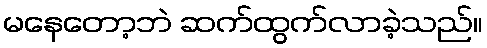
မနေတော့ဘဲ ဆက်ထွက်လာခဲ့သည်။